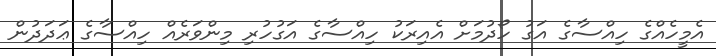
އެމީހެއްގެ ހިއްސާގެ އަގު ހޯދުމަށް އެއިރަކު ހިއްސާގެ އަގުހުރި މިންވަރެއް ހިއްސާގެ ޢަދަދުން